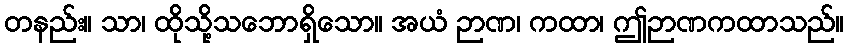
တနည်း။ သာ၊ ထိုသို့သဘောရှိသော။ အယံ ဉာဏ၊ ကထာ၊ ဤဉာဏကထာသည်။